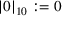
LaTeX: | 0 | _ { 1 0 } : = 0